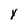
Character: y